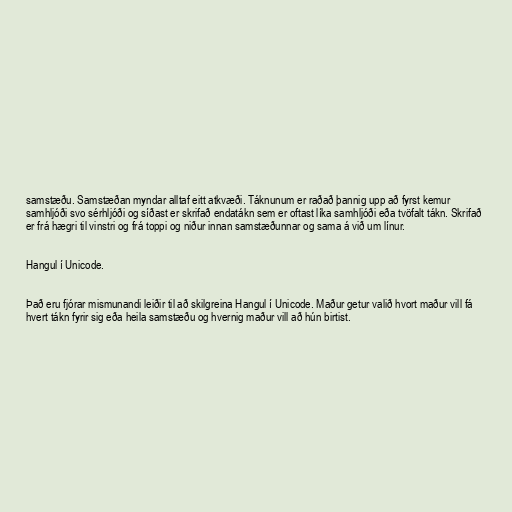
samstæðu. Samstæðan myndar alltaf eitt atkvæði. Táknunum er raðað þannig upp að fyrst kemur
samhljóði svo sérhljóði og síðast er skrifað endatákn sem er oftast líka samhljóði eða tvöfalt tákn. Skrifað
er frá hægri til vinstri og frá toppi og niður innan samstæðunnar og sama á við um línur.

Hangul í Unicode.

Það eru fjórar mismunandi leiðir til að skilgreina Hangul í Unicode. Maður getur valið hvort maður vill fá
hvert tákn fyrir sig eða heila samstæðu og hvernig maður vill að hún birtist.